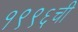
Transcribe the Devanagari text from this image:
१९९६ची